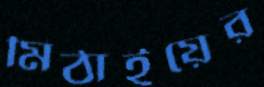
মিঠাইয়ের